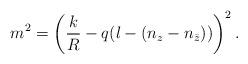
LaTeX: \begin{align*}m^2 = \left(\frac kR-q(l-(n_z-n_{\bar{z}}))\right)^2. \end{align*}